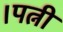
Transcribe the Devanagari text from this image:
।पत्नी